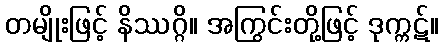
တမျိုးဖြင့် နိဿဂ္ဂိ။ အကြွင်းတို့ဖြင့် ဒုက္ကဋ်။